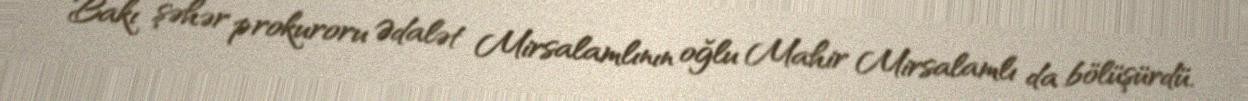
Bakı şəhər prokuroru Ədalət Mirsalamlının oğlu Mahir Mirsalamlı da bölüşürdü.